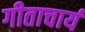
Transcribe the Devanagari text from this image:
गीताचार्य